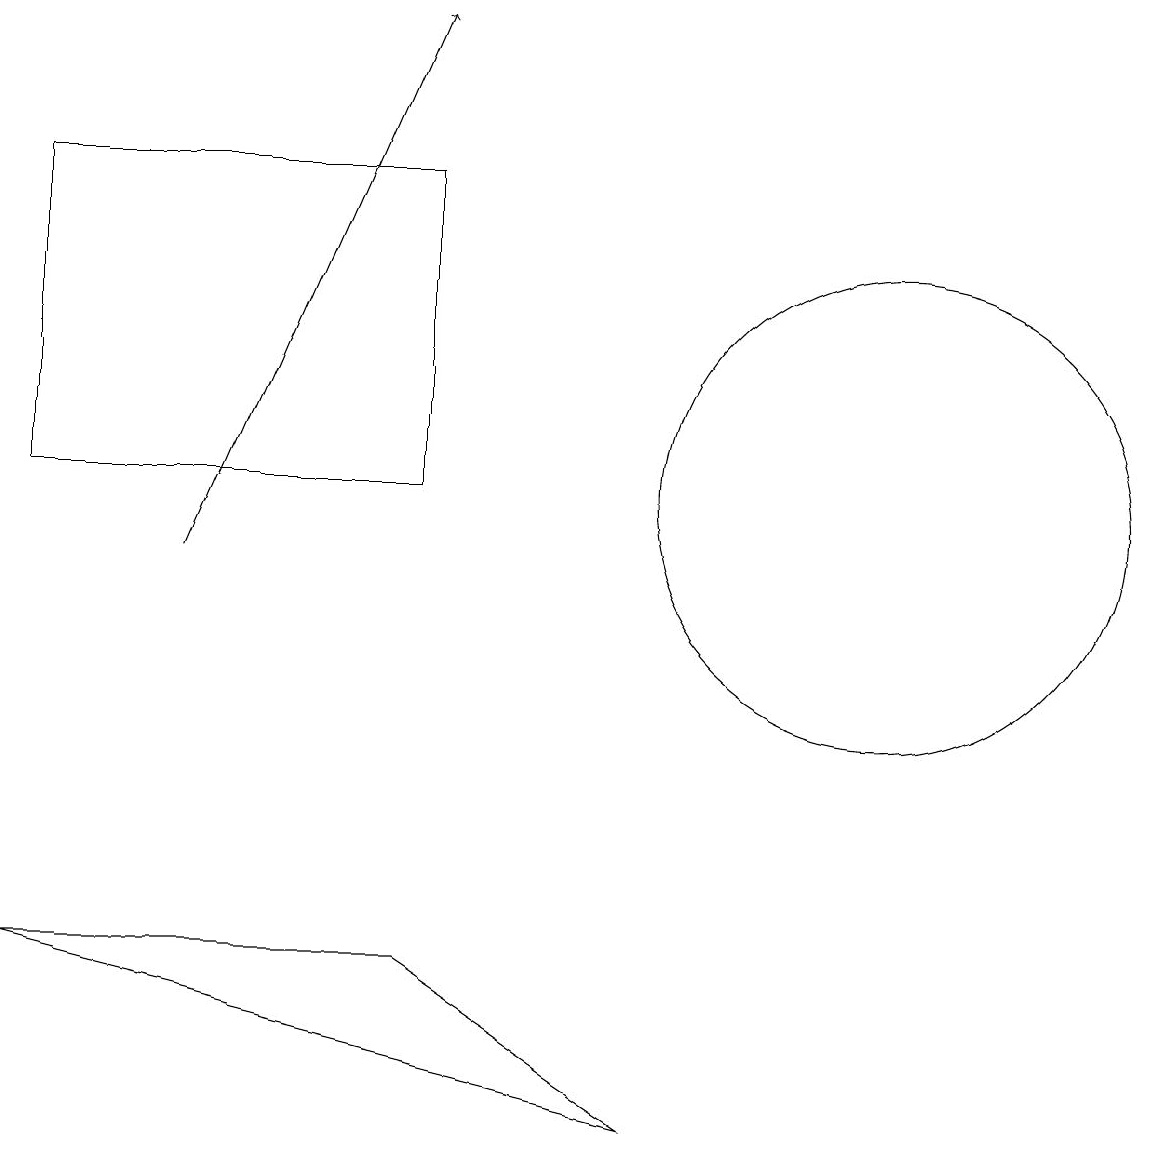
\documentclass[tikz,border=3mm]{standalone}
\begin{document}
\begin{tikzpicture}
\draw (1,11) rectangle (6,15);
\draw (12,11) circle (3);
\draw[->] (3,10) -- (6,17);
\draw (6,5) -- (1,5) -- (9,3) -- cycle;
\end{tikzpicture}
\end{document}